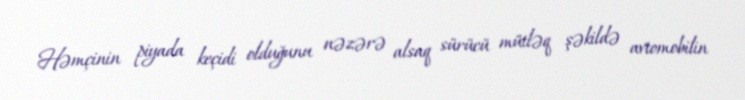
Həmçinin piyada keçidi olduğunu nəzərə alsaq sürücü mütləq şəkildə avtomobilin